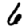
Digit: 6